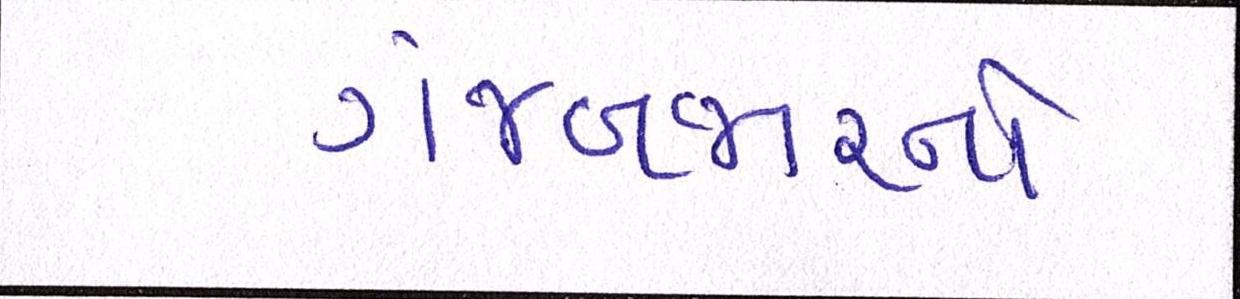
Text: ગંજબજારનો